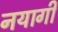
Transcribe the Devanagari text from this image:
नयागी